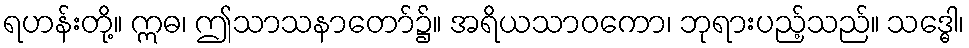
ရဟန်းတို့။ ဣဓ၊ ဤသာသနာတော်၌။ အရိယသာဝကော၊ ဘုရားပည့်သည်။ သဒ္ဓေါ၊